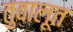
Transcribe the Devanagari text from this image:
तुवालूत